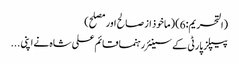
(التحریم:6) (ماخوذ از صالح اور مصلح)
پیپلز پارٹی کے سینئر رہنما قائم علی شاہ نے اپنی ...